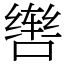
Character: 辔